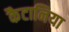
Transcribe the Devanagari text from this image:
कैटानिया